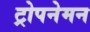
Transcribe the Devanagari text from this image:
ट्रोपनेमन